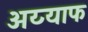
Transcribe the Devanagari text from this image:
अय्याफ